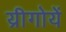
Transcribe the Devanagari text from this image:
य्रीगोयें